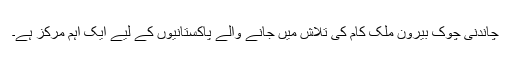
چاندنی چوک بیرونِ ملک کام کی تلاش میں جانے والے پاکستانیوں کے لیے ایک اہم مرکز ہے۔